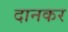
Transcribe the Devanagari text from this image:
दानकर